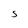
Character: S